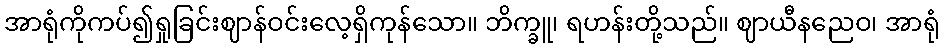
အာရုံကိုကပ်၍ရှုခြင်းဈာန်ဝင်းလေ့ရှိကုန်သော။ ဘိက္ခူ၊ ရဟန်းတို့သည်။ ဈာယီနညေဝ၊ အာရုံ